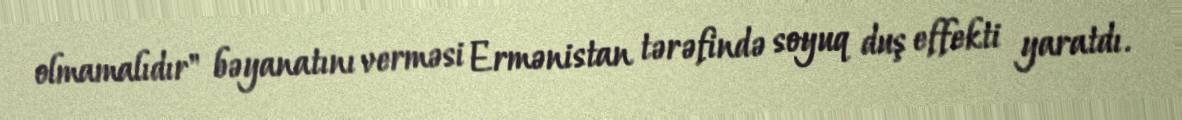
olmamalıdır" bəyanatını verməsi Ermənistan tərəfində soyuq duş effekti yaratdı.